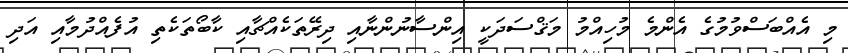
މި އެއްބަސްވުމުގެ އެންމެ މުހިއްމު މަޤްސަދަކީ އިންސާނުންނާއި ދިރޭތަކެއްޗާއި ކާބޯތަކެތި އުފެއްދުމާއި އަދި